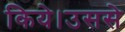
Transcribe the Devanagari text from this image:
किये।उससे